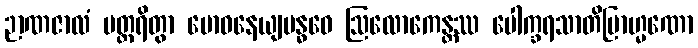
ဉာဏဇာလံ ပတ္ထရိတွာ ဗောဓနေယျဗန္ဓဝေ ဩလောကေန္တဿ ပေါက္ခရသာတိဗြာဟ္မဏော